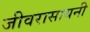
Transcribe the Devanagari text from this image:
जीवरासायनी